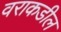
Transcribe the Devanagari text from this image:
वराकडील